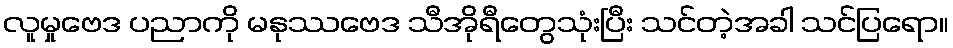
လူမှုဗေဒ ပညာကို မနုဿဗေဒ သီအိုရီတွေသုံးပြီး သင်တဲ့အခါ သင်ပြရော။